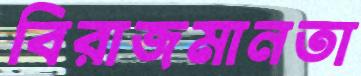
বিরাজমানতা